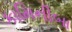
કામિનીબા